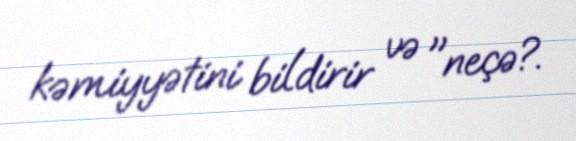
kəmiyyətini bildirir və "neçə?.